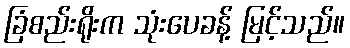
ခြံစည်းရိုးက သုံးပေခန့် မြင့်သည်။